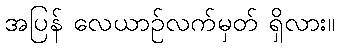
အပြန် လေယာဉ်လက်မှတ် ရှိလား။